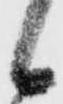
候